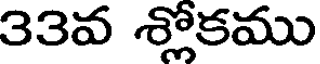
33వ శ్లోకము